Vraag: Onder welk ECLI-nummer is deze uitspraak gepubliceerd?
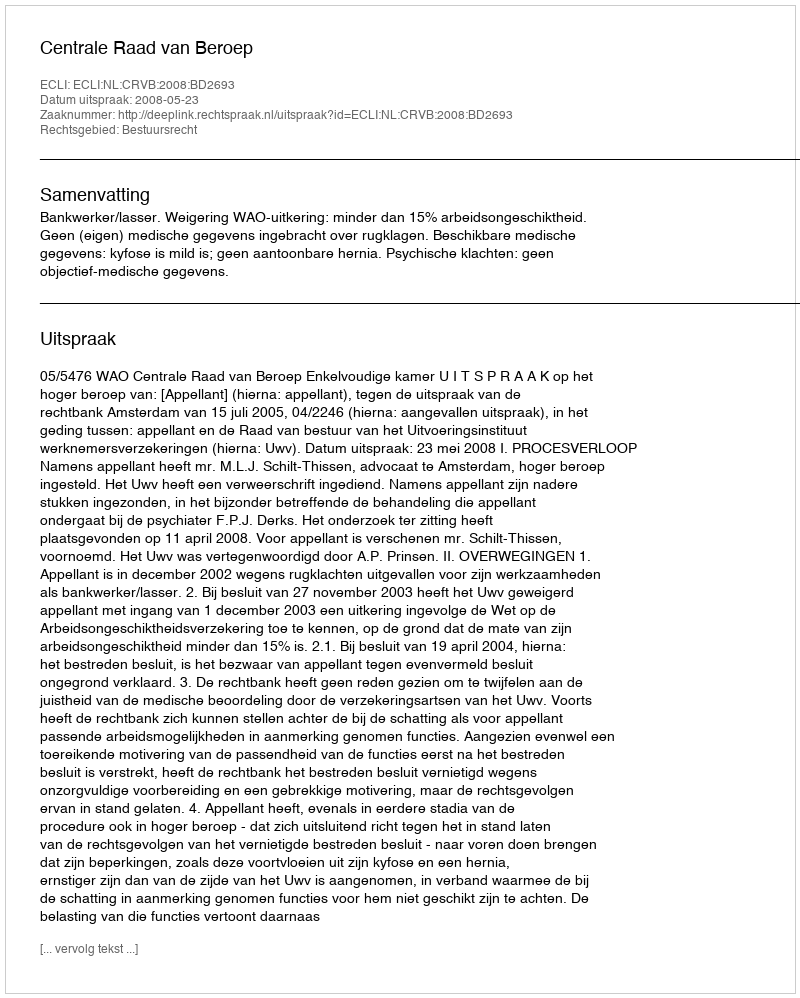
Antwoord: ECLI:NL:CRVB:2008:BD2693